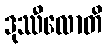
ဒုဿီလောတိ